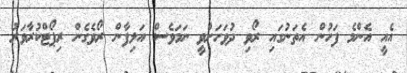
އެއީ އެންމެ ފަހުން އެތަނުގައި ރޯވި ދުވަހަށްވީ ނަމަވެސް އަލިފާން ރޯވެގެން ރިޕޯޓްކުރާވަރު